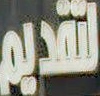
تقديم